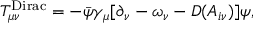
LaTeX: T _ { \mu \nu } ^ { \mathrm { D i r a c } } = - \bar { \psi } \gamma _ { \mu } [ \partial _ { \nu } - \omega _ { \nu } - { \cal D } ( A _ { i \nu } ) ] \psi ,